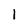
Character: 1